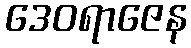
ဒေဝရာဇေန